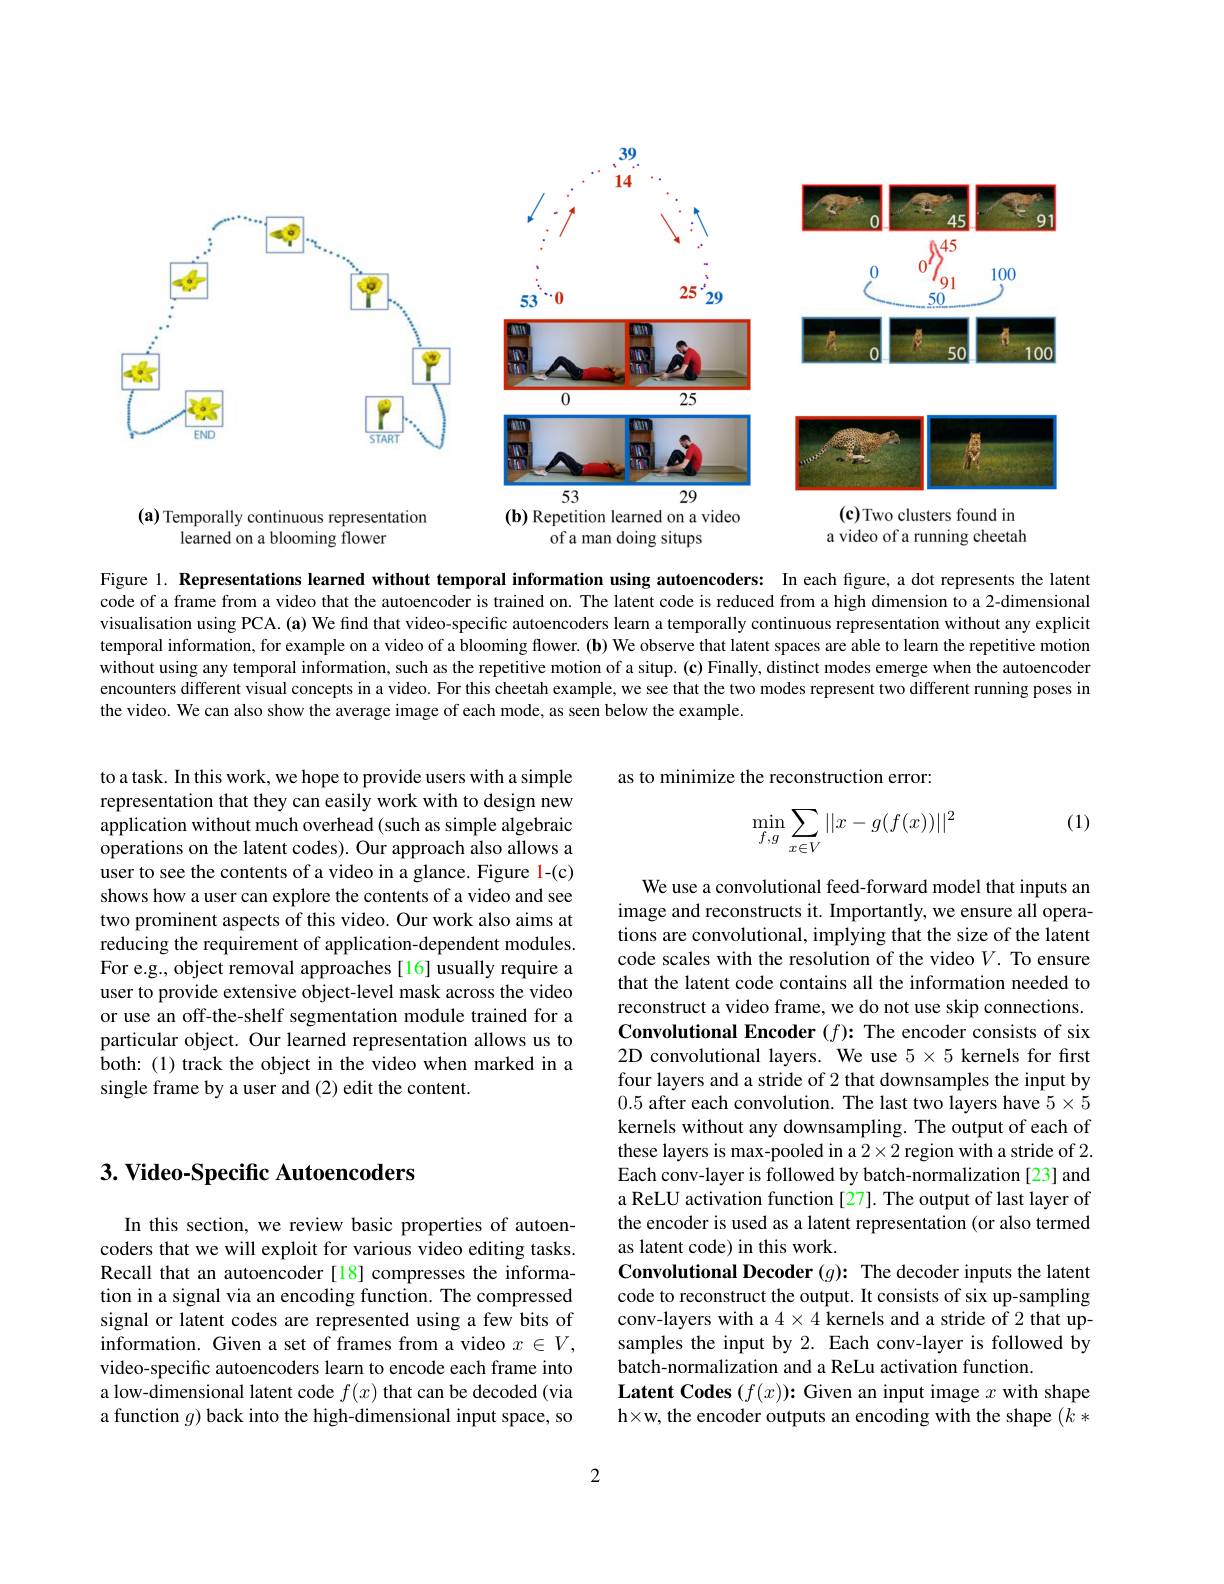
<FigureHere>
(a) Temporally continuous representation
(b) Repetition learned on a video

(c)Two clusters found in

a video of a running cheetah

learned on a blooming flower

of a man doing situps

Figure l. Representations learned without temporal information using autoencoders: In each figure, a dot represents the latent code of a frame from a video that the autoencoder is trained on. The latent code is reduced from a high dimension to a 2-dimensional visualisation using PCA. (a) We find that video-specific autoencoders learn a temporally continuous representation without any explicit temporal information, for example on a video of a blooming flower. (b) We observe that latent spaces are able to learn the repetitive motion without using any temporal information, such as the repetitive motion of a situp. (c) Finally, distinct modes emerge when the autoencoder encounters different visual concepts in a video. For this cheetah example, we see that the two modes represent two different running poses in the video. We can also show the average image of each mode, as seen below the example.

to a task. In this work, we hope to provide users with a simple representation that they can easily work with to design new application without much overhead (such as simple algebraic operations on the latent codes). Our approach also allows a user to see the contents of a video in a glance. Figure 1-(c) shows how a user can explore the contents of a video and see two prominent aspects of this video. Our work also aims at reducing the requirement of application-dependent modules. For e.g., object removal approaches[16] usually require a user to provide extensive object-level mask across the video or use an off-the-shelf segmentation module trained for a particular object. Our learned representation allows us to both: (1) track the object in the video when marked in a single frame by a user and (2) edit the content.

## $3. \textbf{ Video- Specific Autoencoders}$

In this section, we review basic properties of autoencoders that we will exploit for various video editing tasks. Recall that an autoencoder [18] compresses the information in a signal via an encoding function. The compressed signal or latent codes are represented using a few bits of information. Given a set of frames from a video $x\in V$, video-specific autoencoders learn to encode each frame into a low-dimensional latent code $f(x)$ that can be decoded (via a function $g$) back into the high-dimensional input space, so

as to minimize the reconstruction error:

(1)
$$\min\limits_{f,g}\sum\limits_{x\in V}||x-g(f(x))||^2$$
We use a convolutional feed-forward model that inputs an image and reconstructs it. Importantly, we ensure all operations are convolutional, implying that the size of the latent code scales with the resolution of the video $V.$ To ensure that the latent code contains all the information needed to reconstruct a video frame, we do not use skip connections. Convolutional Encoder $(f){:}$ The encoder consists of six 2D convolutional layers. We use $5\times5$ kernels for first four layers and a stride of 2 that downsamples the input by 0.5 after each convolution. The last two layers have $5\times5$ kernels without any downsampling. The output of each of these layers is max-pooled in a $2\times2$ region with a stride of 2. Each conv-layer is followed by batch-normalization [23] and a ReLU activation function [27]. The output of last layer of the encoder is used as a latent representation (or also termed as latent code) in this work.
Convolutional Decoder $(g){:}$ The decoder inputs the latent code to reconstruct the output. It consists of six up-sampling conv-layers with a $4\times4$ kernels and a stride of 2 that upsamples the input by 2. Each conv-layer is followed by batch-normalization and a ReLu activation function.
Latent Codes $(f(x))\colon$Given an input image $x$ with shape h×w, the encoder outputs an encoding with the shape $(k*$

2